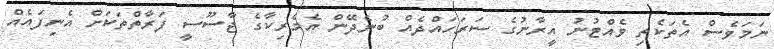
ނަމަވެސް އެތަކެތި ވެއްޓުނު އީރާނުގެ ސަރަހައްދެއް ބުނެދޭން އެމެރިކާގެ ޖާސޫސީ ފަރާތްތަކަށް އެނިފައެއް